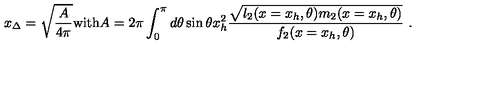
x _ { \Delta } = \sqrt { \frac { A } { 4 \pi } } \mathrm { w i t h } A = 2 \pi \int _ { 0 } ^ { \pi } d \theta \sin \theta x _ { h } ^ { 2 } \frac { \sqrt { l _ { 2 } ( x = x _ { h } , \theta ) m _ { 2 } ( x = x _ { h } , \theta ) } } { f _ { 2 } ( x = x _ { h } , \theta ) } \ .